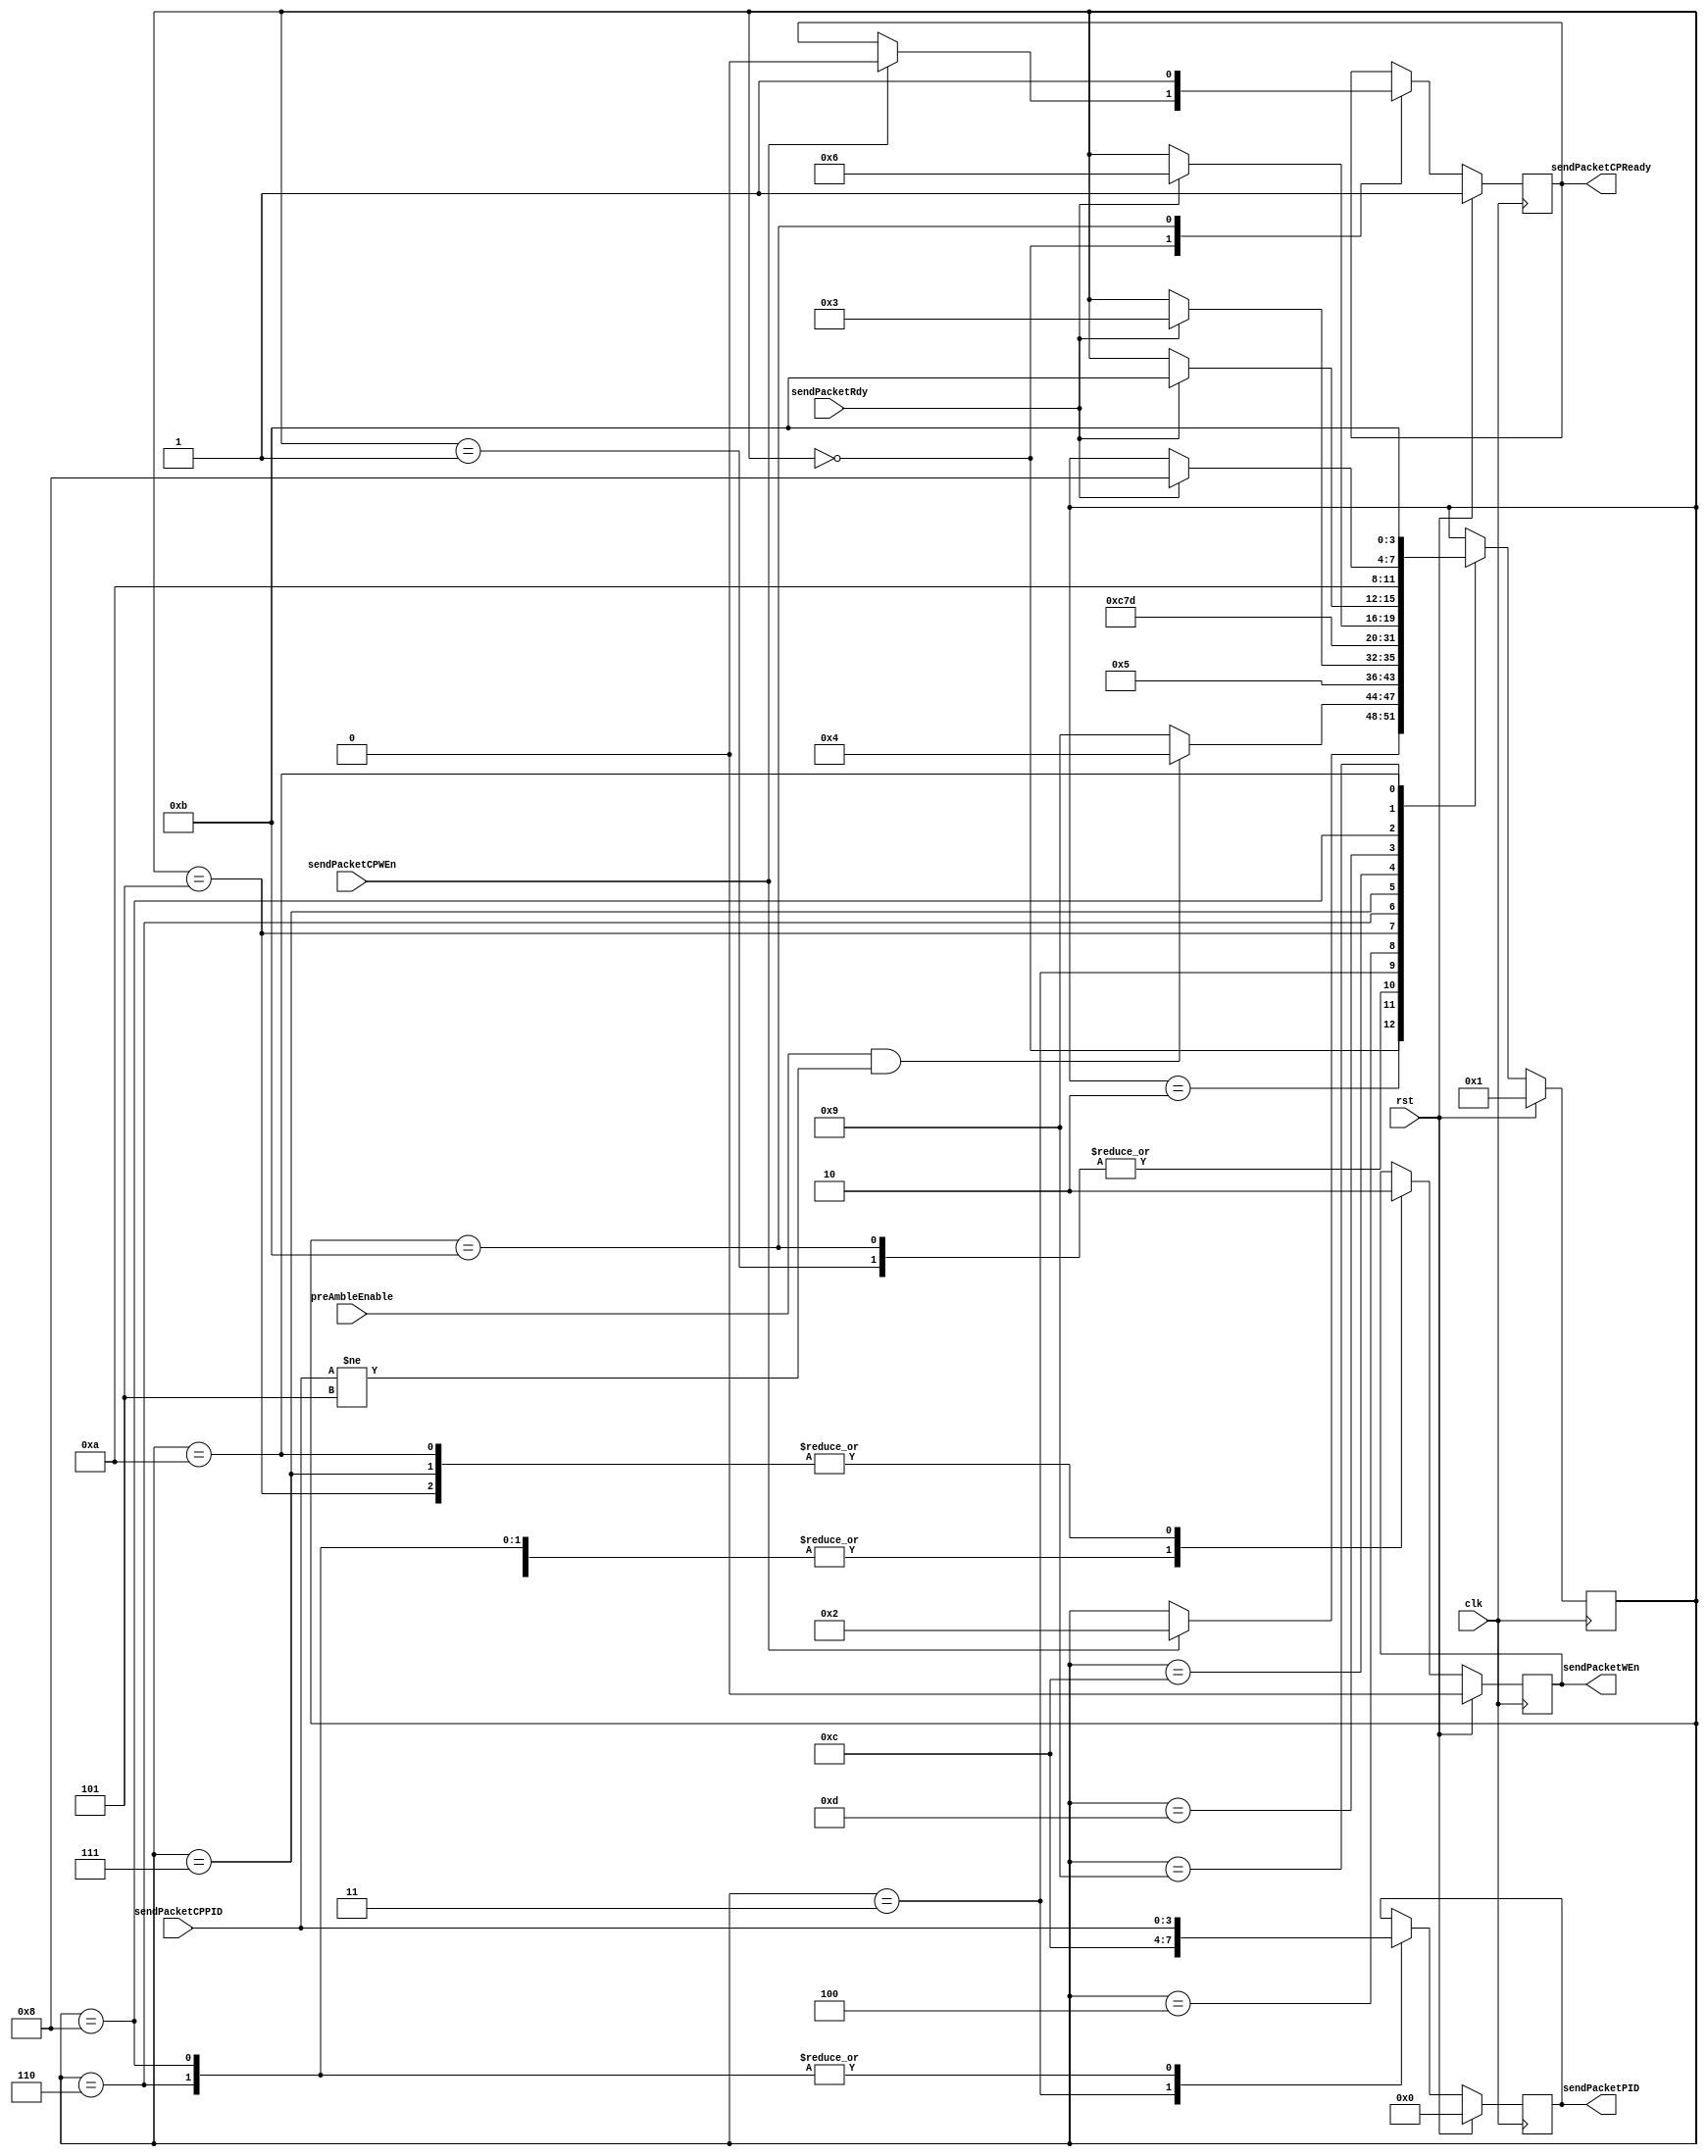
module sendPacketCheckPreamble (
	input				clk,
	input				preAmbleEnable,
	input				rst,
	input		[3:0]	sendPacketCPPID,
	input				sendPacketCPWEn,
	input				sendPacketRdy,
	output	reg			sendPacketCPReady,
	output	reg	[3:0]	sendPacketPID,
	output	reg			sendPacketWEn
);

	reg				next_sendPacketCPReady;
	reg		[3:0]	next_sendPacketPID;
	reg				next_sendPacketWEn;

	reg		[3:0]	CurrState_sendPktCP;
	reg		[3:0]	NextState_sendPktCP;

	//--------------------------------------------------------------------
	// Machine: sendPktCP
	//--------------------------------------------------------------------
	//----------------------------------
	// Next State Logic (combinatorial)
	//----------------------------------
	always@(*) begin
		NextState_sendPktCP <= CurrState_sendPktCP;
		// Set default values for outputs and signals
		next_sendPacketCPReady <= sendPacketCPReady;
		next_sendPacketWEn <= sendPacketWEn;
		next_sendPacketPID <= sendPacketPID;
		case(CurrState_sendPktCP)
			4'd0: begin
				if(sendPacketCPWEn) begin
					NextState_sendPktCP <= 4'd2;
					next_sendPacketCPReady <= 1'b0; end
			end
			4'd1: begin
				NextState_sendPktCP <= 4'd0;
			end
			4'd2: begin
				if(preAmbleEnable&(sendPacketCPPID!=4'h5))	NextState_sendPktCP <= 4'd4;
				else										NextState_sendPktCP <= 4'd9;
			end
			4'd11: begin
				next_sendPacketCPReady <= 1'b1;
				NextState_sendPktCP <= 4'd0;
			end
			4'd3: begin
				next_sendPacketWEn <= 1'b1;
				next_sendPacketPID <= 4'hc;
				NextState_sendPktCP <= 4'd5;
			end
			4'd4: begin
				if(sendPacketRdy)	NextState_sendPktCP <= 4'd3;
			end
			4'd5: begin
				next_sendPacketWEn <= 1'b0;
				NextState_sendPktCP <= 4'd12;
			end
			4'd6: begin
				next_sendPacketWEn <= 1'b1;
				next_sendPacketPID <= sendPacketCPPID;
				NextState_sendPktCP <= 4'd7;
			end
			4'd7: begin
				next_sendPacketWEn <= 1'b0;
				NextState_sendPktCP <= 4'd13;
			end
			4'd12: begin
				if(sendPacketRdy)	NextState_sendPktCP <= 4'd6;
			end
			4'd13: begin
				if(sendPacketRdy)	NextState_sendPktCP <= 4'd11;
			end
			4'd8: begin
				next_sendPacketWEn <= 1'b1;
				next_sendPacketPID <= sendPacketCPPID;
				NextState_sendPktCP <= 4'd10;
			end
			4'd9: begin
				if(sendPacketRdy)	NextState_sendPktCP <= 4'd8;
			end
			4'd10: begin
				next_sendPacketWEn <= 1'b0;
				NextState_sendPktCP <= 4'd11;
			end
		endcase
	end

	//----------------------------------
	// Current State Logic (sequential)
	//----------------------------------
	always@(posedge clk) begin
		if(rst)	CurrState_sendPktCP <= 4'd1;
		else	CurrState_sendPktCP <= NextState_sendPktCP;
	end

	//----------------------------------
	// Registered outputs logic
	//----------------------------------
	always@(posedge clk) begin
		if(rst) begin
			sendPacketWEn <= 1'b0;
			sendPacketPID <= 4'b0;
			sendPacketCPReady <= 1'b1; end
		else begin
			sendPacketWEn <= next_sendPacketWEn;
			sendPacketPID <= next_sendPacketPID;
			sendPacketCPReady <= next_sendPacketCPReady; end
	end

endmodule